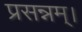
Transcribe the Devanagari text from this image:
प्रसन्नम्‌।